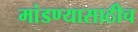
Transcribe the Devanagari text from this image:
मांडण्यासाठीच